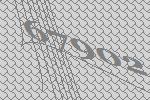
67902